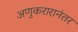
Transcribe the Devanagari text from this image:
अणुकरारानंतर